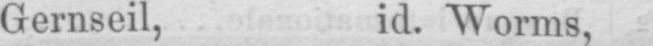
Gernseil, id. Worms,